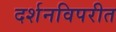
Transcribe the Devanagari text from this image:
दर्शनविपरीत